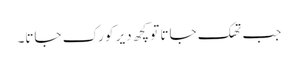
جب تھک جاتا تو کچھ دیر کو رک جاتا۔